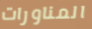
المناورات